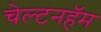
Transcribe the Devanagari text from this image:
चेल्टनहॅम